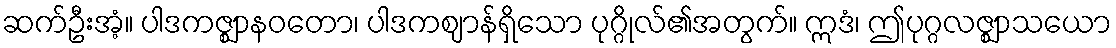
ဆက်ဦးအံ့။ ပါဒကဇ္ဈာနဝတော၊ ပါဒကဈာန်ရှိသော ပုဂ္ဂိုလ်၏အတွက်။ ဣဒံ၊ ဤပုဂ္ဂလဇ္ဈာသယော